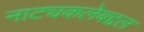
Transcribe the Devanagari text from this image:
नाट्यकलेबद्दल